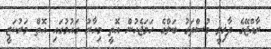
ރާއްޖޭގެ ދާޚިލީ މުސްތަގު ބަލްގެ ހަމަޖެހުން އޮތީ މިހާރު ގައުމުގައި އޮތް މަރުކަޒީ